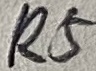
Text: R5